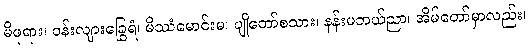
မိဖုရား၊ ဝန်းလျားခြွေရံ၊ မိဿံမောင်းမ၊ ပျိုတော်စသား၊ နန်းမဘယ်ညာ၊ အိမ်တော်မှာလည်း၊